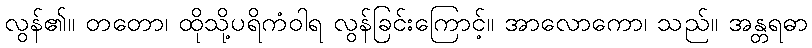
လွန်၏။ တတော၊ ထိုသို့ပရိကံဝါရ လွန်ခြင်းကြောင့်။ အာလောကော၊ သည်။ အန္တရဓာ